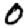
Digit: 0